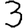
Digit: 3